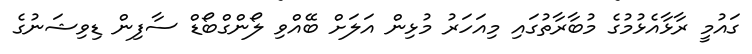
ގައުމީ ރާޅާއެޅުމުގެ މުބާރާތުގައި މިއަހަރު މުޅިން އަލަށް ބޭއްވި ލޯންގްބޯޑް ސާފިން ޑިވިޝަނުގެ